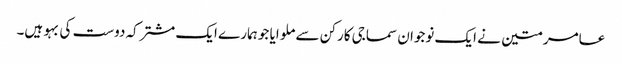
عامر متین نے ایک نوجوان سماجی کارکن سے ملوایا جو ہمارے ایک مشترکہ دوست کی بہو ہیں۔